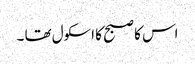
اس کا صبح کا اسکول تھا ۔